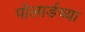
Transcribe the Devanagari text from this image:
पोलार्डच्या